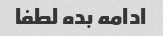
ادامه بده لطفا